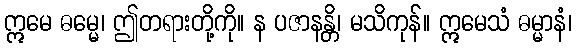
ဣမေ ဓမ္မေ၊ ဤတရားတို့ကို။ န ပဇာနန္တိ၊ မသိကုန်။ ဣမေသံ ဓမ္မာနံ၊